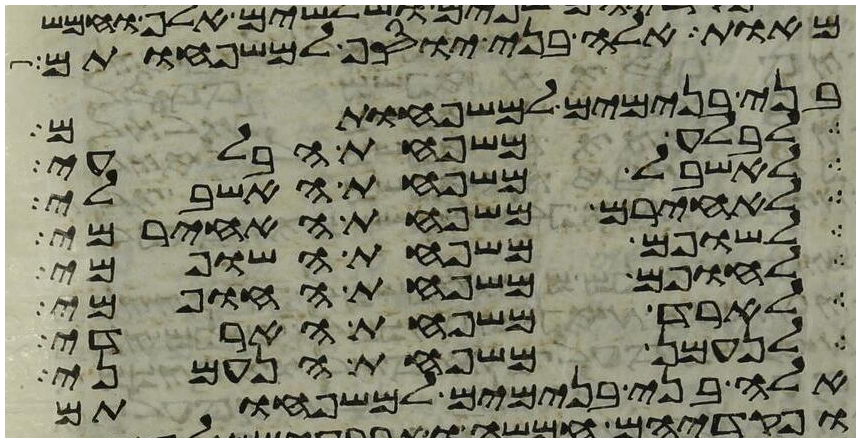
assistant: מאות אלה בני יוסף למשפחותם
בני בנימים למשפחותם
לבלע משפחת הבלעי
לאשבל משפחת האשבלי
לאחירם משפחת האחירמי
לשופם משפחת השופמי
לחופם משפחת החופמי
לארד משפחת הארדי
לנעמן משפחת הנעמני
אלה בני בנימים למשפחותם